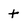
Character: t